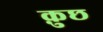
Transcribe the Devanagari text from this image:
क़ुछ